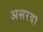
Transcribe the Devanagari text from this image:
असरवा